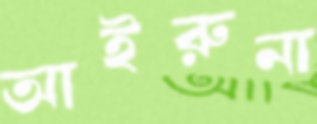
আইরুনা